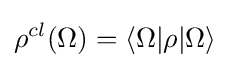
\rho ^{cl}(\Omega )=\langle \Omega |\rho |\Omega \rangle